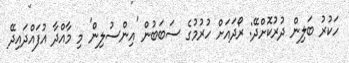
ހަކުރު ބަލިން ދުރުކޮށްދޭ: ރޯދައަށް ހުރުމުގެ ސަބަބުން 'އިންސުލިން' މި މާއްދާ އުފައްދައިދޭ